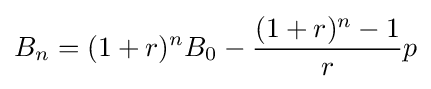
B_{n}=(1+r)^{n}B_{0}-{\frac {(1+r)^{n}-1}{r}}p